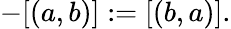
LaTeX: -[(a,b)]:=[(b,a)].